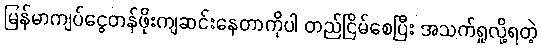
မြန်မာကျပ်ငွေတန်ဖိုးကျဆင်းနေတာကိုပါ တည်ငြိမ်စေပြီး အသက်ရှုလို့ရတဲ့